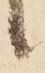
候